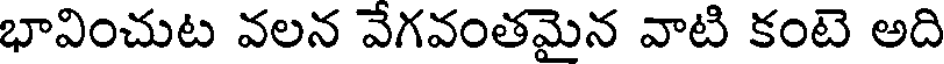
భావించుట వలన వేగవంతమైన వాటి కంటె అది